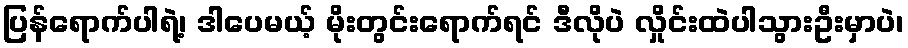
ပြန်ရောက်ပါရဲ့၊ ဒါပေမယ့် မိုးတွင်းရောက်ရင် ဒီလိုပဲ လှိုင်းထဲပါသွားဦးမှာပဲ၊